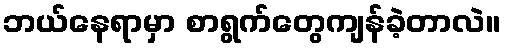
ဘယ်နေရာမှာ စာရွက်တွေကျန်ခဲ့တာလဲ။